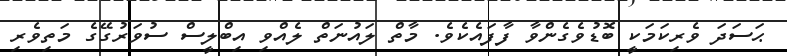
ޙަސަދަ ވެރިކަމަކީ ބޮޑުވެގެންވާ ފާފައެކެވެ. މާތް ލައުނަތް ލެއްވި އިބްލީސް ސުވަރުގޭގެ މަތިވެރި